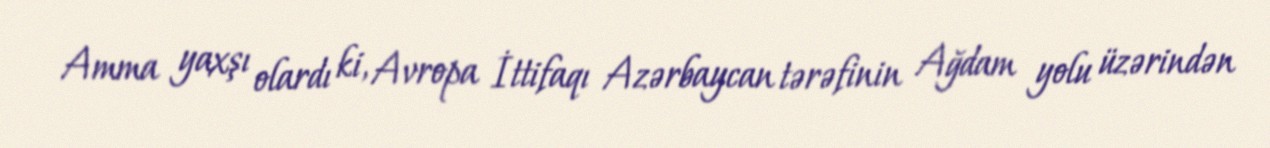
Amma yaxşı olardı ki, Avropa İttifaqı Azərbaycan tərəfinin Ağdam yolu üzərindən